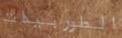
الطوربيدات